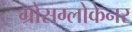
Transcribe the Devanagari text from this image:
ग्रोसग्लोकेनर